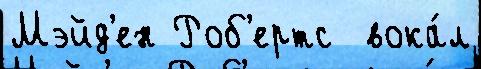
Мэйд'ен Роб'ертс  вока́л